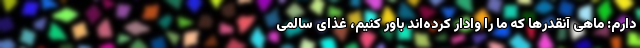
دارم: ماهی آنقدر‌ها که ما را وادار کرده‌اند باور کنیم، غذای سالمی